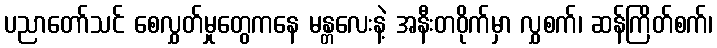
ပညာတော်သင် စေလွှတ်မှုတွေကနေ မန္တလေးနဲ့ အနီးတဝိုက်မှာ လွှစက်၊ ဆန်ကြိတ်စက်၊